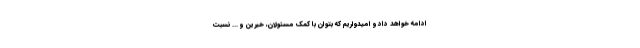
ادامه خواهد داد و امیدواریم که بتوان با کمک مسئولان، خیرین و ... نسبت